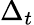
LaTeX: \Delta_{t}